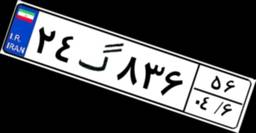
۲۴گ۸۳۶۵۶